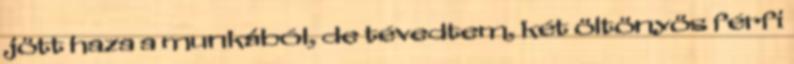
jött haza a munkából, de tévedtem, két öltönyös férfi